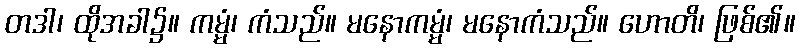
တဒါ၊ ထိုအခါ၌။ ကမ္မံ၊ ကံသည်။ မနောကမ္မံ၊ မနောကံသည်။ ဟောတိ၊ ဖြစ်၏။